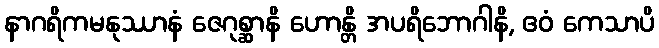
နာဂရိကမနုဿာနံ ဇေဂုစ္ဆာနိ ဟောန္တိ အပရိဘောဂါနိ, ဧဝံ ကေသာပိ